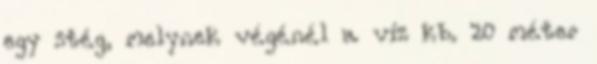
egy stég, melynek végénél a víz kb. 20 méter